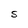
Character: S